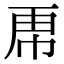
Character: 𮓜